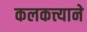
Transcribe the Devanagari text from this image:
कलकत्त्याने